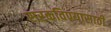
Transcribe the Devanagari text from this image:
सरकविण्यासाठी